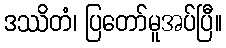
ဒဿိတံ၊ ပြတော်မူအပ်ပြီ။